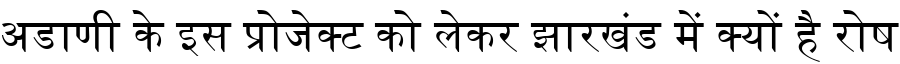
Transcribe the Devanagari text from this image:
अडाणी के इस प्रोजेक्ट को लेकर झारखंड में क्यों है रोष